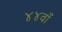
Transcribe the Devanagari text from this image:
४४वाँ